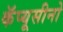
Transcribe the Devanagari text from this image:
कॅप्यूसीनो